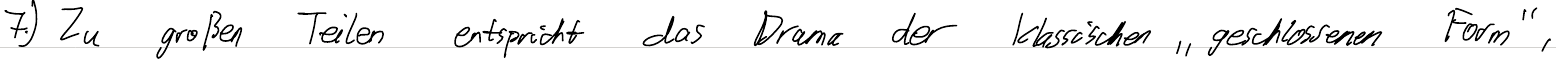
7.) Zu großen Teilen entspricht das Drama der klassischen "geschlossenen Form",